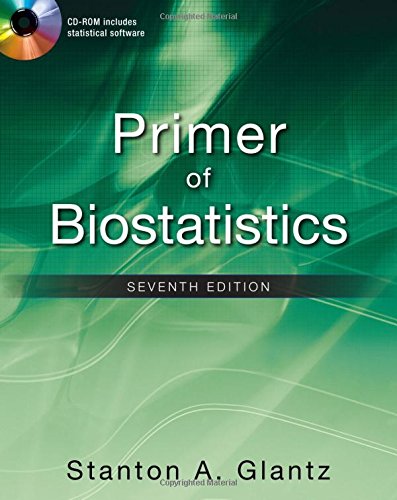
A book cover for Primer of Biostatistics, Seventh Edition (Primer of Biostatistics (Glantz)(Paperback)); Stanton Glantz; Medical Books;